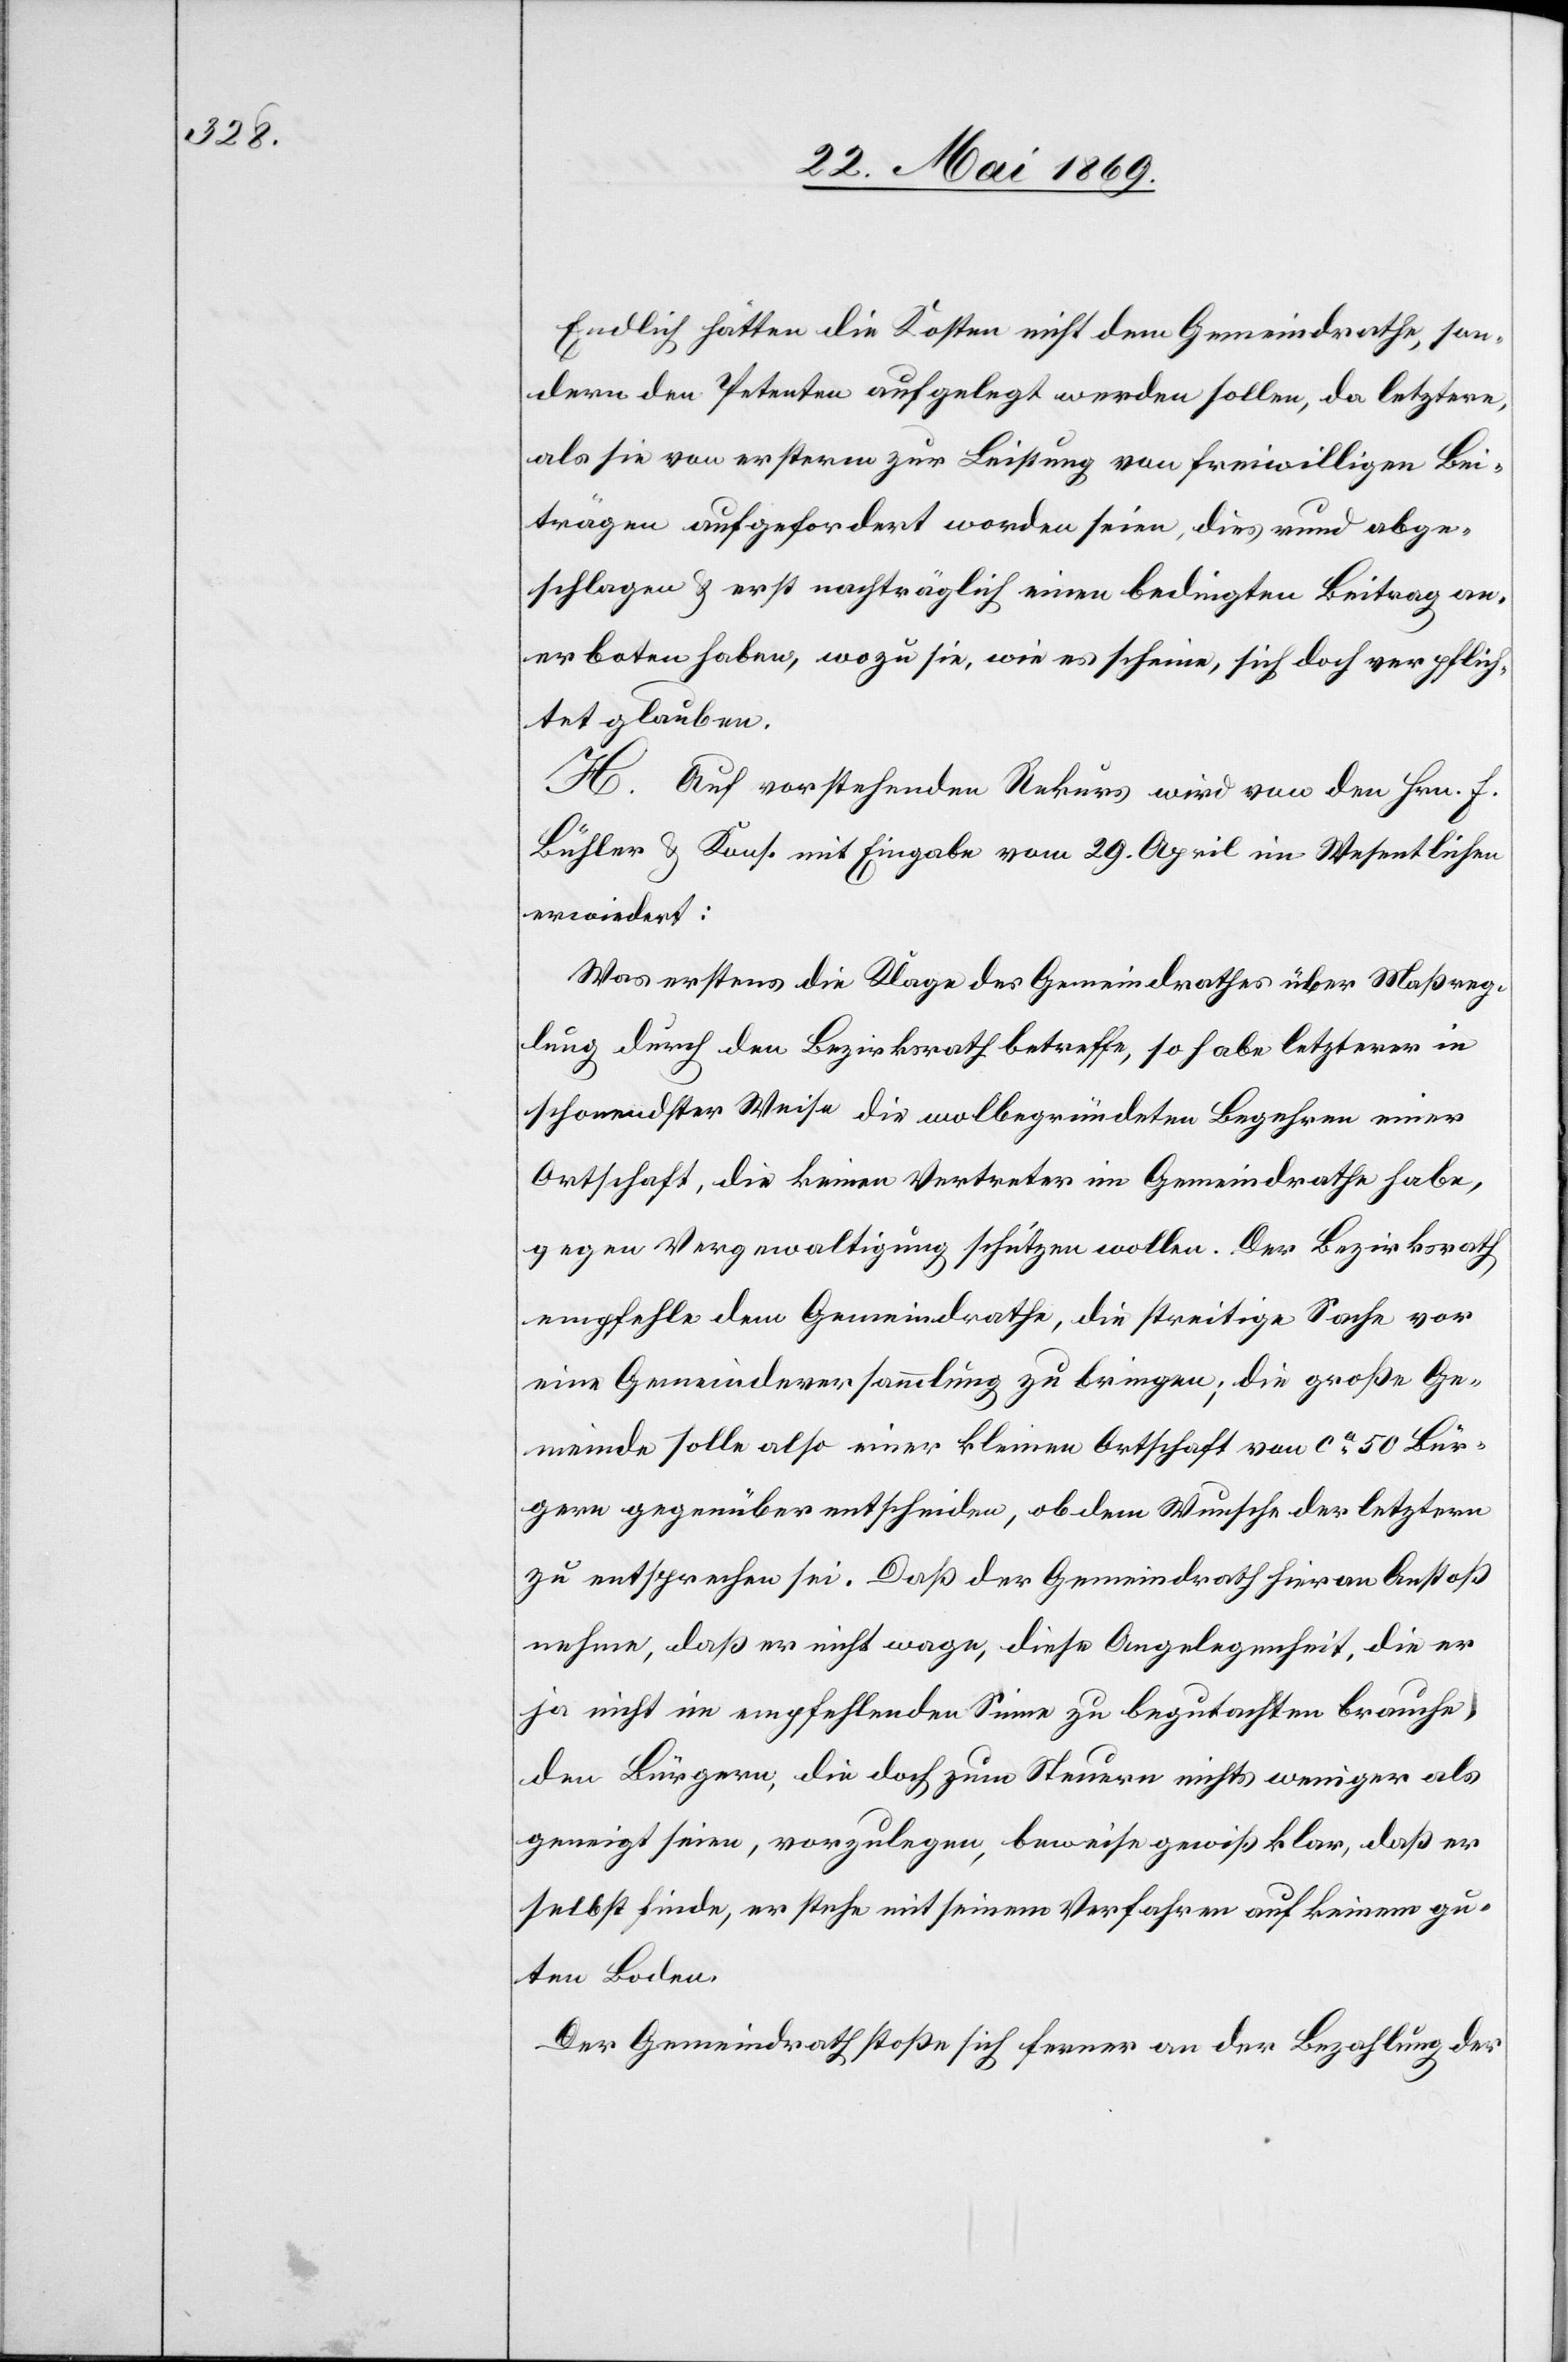
Endlich hätten die Kosten nicht dem Gemeindrathe, son¬
dern den Petenten aufgelegt werden sollen, da letztere,
als sie von erstern zur Leistung von freiwilligen Bei¬
trägen aufgefordert worden seien, dies rund abge¬
schlagen u. erst nachträglich einen bedingten Beitrag an¬
erboten haben, wozu sie, wie es scheine, sich doch verpflich¬
tet glauben.
H. Auf vorstehenden Rekurs wird von den Hrn. F.
Bühler u. Kons. mit Eingabe vom 29. April im Wesentlichen
erwiedert:
Was erstens die Klage des Gemeindrathes über Maßreg¬
lung durch den Bezirksrath betreffe, so habe letzterer in
schonendster Weise die wolbegründeten Begehren einer
Ortschaft, die keinen Vertreter im Gemeindrathe habe,
gegen Vergewaltigung [sic!] schützen wollen. Der Bezirksrathe
empfehle dem Gemeindrathe, die streitige Sache vor
eine Gemeindsversammlung zu bringen; die große Ge¬
meinde solle also einer kleinen Ortschaft von ca 50 Bür¬
gern gegenüber entscheiden, ob dem Wunsche der letzteren
zu entsprechen sei. Daß der Gemeindrath hieran Anstoß
nehme, daß er nicht wage, diese Angelegenheit, die er
ja nicht im empfehlenden Sinne zu begutachten brauche,
den Bürgern, die doch zum Steuern nichts weniger als
geneigt seien, vorzulegen, beweise gewiß klar, daß er
selbst finde, er stehe mit seinem Verfahren auf keinem gu¬
ten Boden.
Der Gemeindrath stoße sich ferner an der Bezahlung der